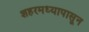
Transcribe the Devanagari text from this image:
शहरमध्यापासून